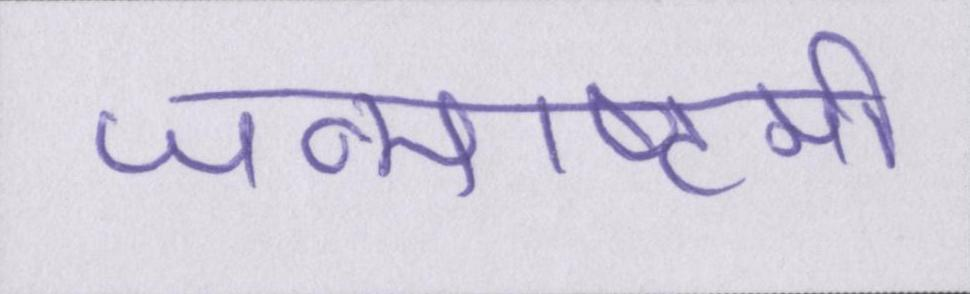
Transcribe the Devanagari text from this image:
जन्माष्टमी